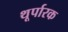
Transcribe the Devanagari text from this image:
थूर्पारक